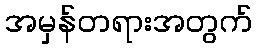
အမှန်တရားအတွက်